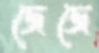
জেজে